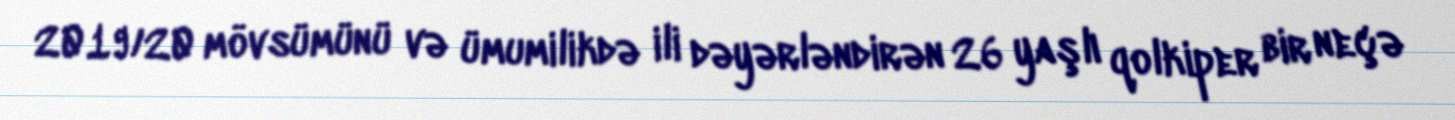
2019/20 mövsümünü və ümumilikdə ili dəyərləndirən 26 yaşlı qolkiper bir neçə